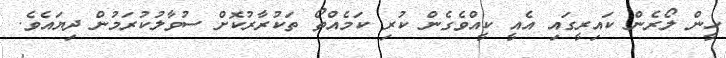
ހީން ލޯރެން ކައިރީގައި އެއީ ކީއްވެގެން ކުރި ކަމެއްތޯ ތަކުރާރުކޮށް ސުވާލުކުރަމުން ދިޔައެވެ.